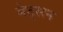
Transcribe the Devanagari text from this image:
बेट्सन